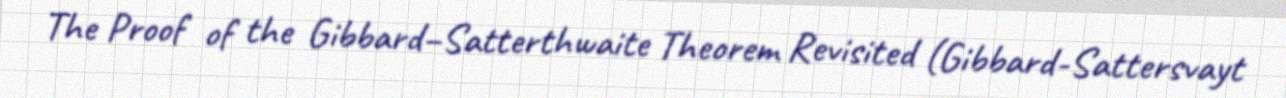
The Proof of the Gibbard–Satterthwaite Theorem Revisited (Gibbard-Sattersvayt